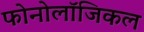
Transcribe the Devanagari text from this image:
फोनोलॉजिकल